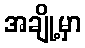
အချို့မှာ